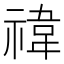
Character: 禕